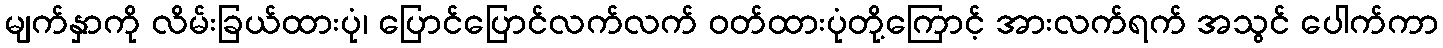
မျက်နှာကို လိမ်းခြယ်ထားပုံ၊ ပြောင်ပြောင်လက်လက် ဝတ်ထားပုံတို့ကြောင့် အားလက်ရက် အသွင် ပေါက်ကာ